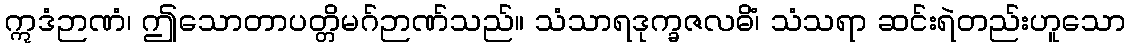
ဣဒံဉာဏံ၊ ဤသောတာပတ္တိမဂ်ဉာဏ်သည်။ သံသာရဒုက္ခဇလဓိံ၊ သံသရာ ဆင်းရဲတည်းဟူသော